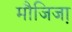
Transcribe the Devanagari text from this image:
मौजिजा़